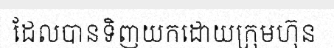
ដែលបានទិញយកដោយក្រុមហ៊ុន